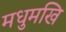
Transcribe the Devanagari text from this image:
मधुमखि